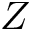
Z